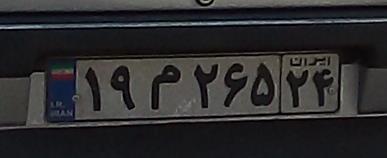
۱۹م۲۶۵۲۴